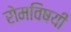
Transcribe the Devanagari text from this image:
रोमविषयी